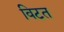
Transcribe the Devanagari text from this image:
विटत